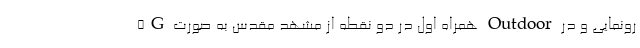
5G همراه اول در دو نقطه از مشهد مقدس به صورت Outdoor رونمایی و در